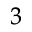
_ 3